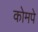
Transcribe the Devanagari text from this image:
कोमपे